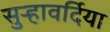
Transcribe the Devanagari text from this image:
सुर्‍हावर्दिया